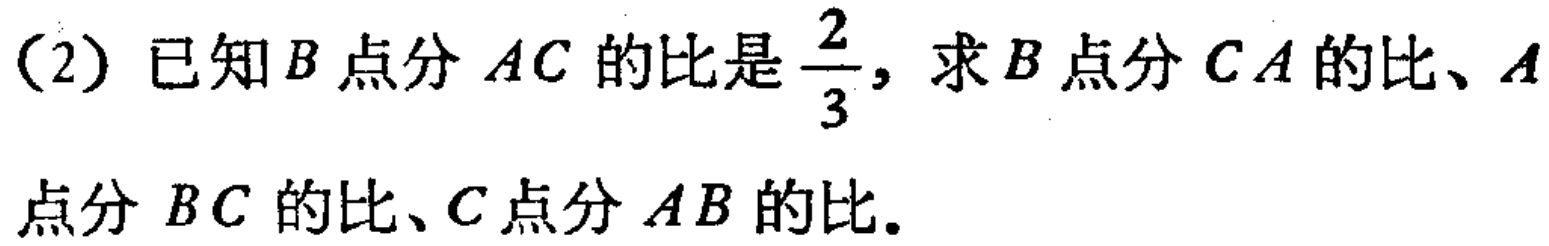
(2) 已知\(B\)点分\(AC\)的比是\(\frac{2}{3}\)，求\(B\)点分\(CA\)的比、\(A\)点分\(BC\)的比、\(C\)点分\(AB\)的比。